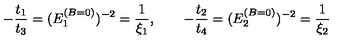
- { \frac { t _ { 1 } } { t _ { 3 } } } = ( E _ { 1 } ^ { ( B = 0 ) } ) ^ { - 2 } = { \frac { 1 } { \xi _ { 1 } } } , \qquad - { \frac { t _ { 2 } } { t _ { 4 } } } = ( E _ { 2 } ^ { ( B = 0 ) } ) ^ { - 2 } = { \frac { 1 } { \xi _ { 2 } } }